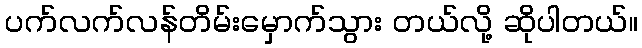
ပက်လက်လန်တိမ်းမှောက်သွား တယ်လို့ ဆိုပါတယ်။